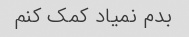
بدم نمیاد کمک کنم